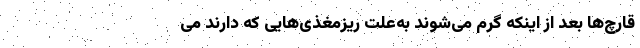
قارچ‌ها بعد از اینکه گرم می‌شوند به‌علت ریزمغذی‌هایی که دارند می‌